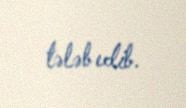
tələb edib.